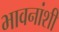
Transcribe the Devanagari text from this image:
भावनांशी